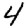
Digit: 4